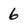
Character: 6